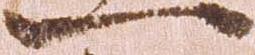
一